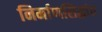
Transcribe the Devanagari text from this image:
निर्माणसिद्धांत